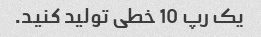
یک رپ 10 خطی تولید کنید.